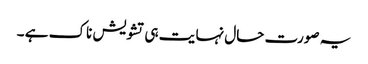
یہ صورت حال نہا یت ہی تشویش ناک ہے ۔